Annual vaccination report of Bihar and Orissa - 1911-1928
Year: 1911
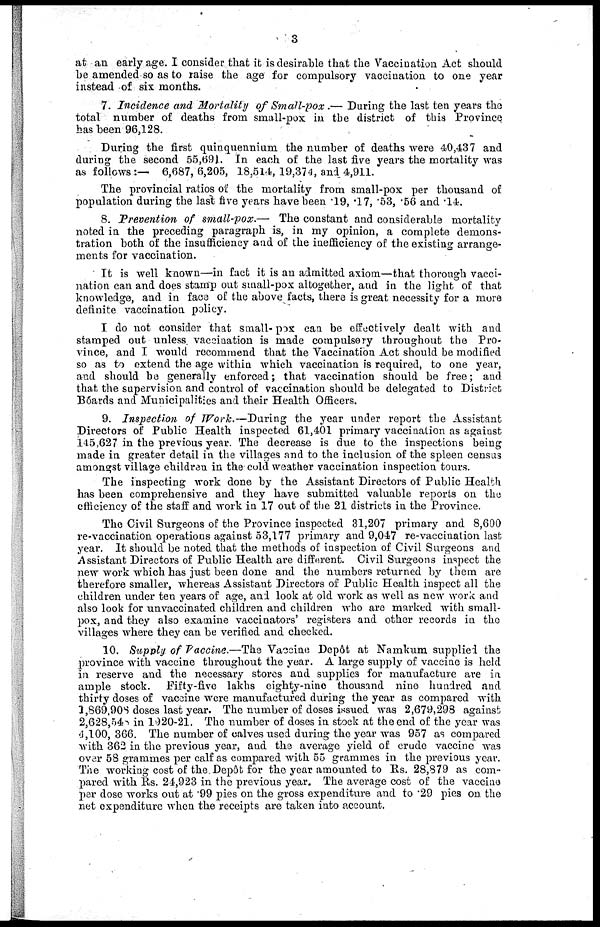
3
at an early age. I consider that it is desirable that the Vaccination Act should
be amended so as to raise the age for compulsory vaccination to one year
instead of six months.
7. Incidence and Mortality of Small-pox.— During the last ten years the
total number of deaths from small-pox in the district of this Province
has been 96,128.
During the first quinquennium the number of deaths were 40,437 and
during the second 55,691. In each of the last five years the mortality was
as follows:— 6,687, 6,205, 18,514, 19,374, and 4,911.
The provincial ratios of the mortality from small-pox per thousand of
population during the last five years have been .19, .17, .53, .56 and .14.
8. Prevention of small-pox.— The constant and considerable mortality
noted in the preceding paragraph is, in my opinion, a complete demons-
tration both of the insufficiency and of the inefficiency of the existing arrange-
ments for vaccination.
It is well known—in fact it is an admitted axiom—that thorough vacci-
nation can and does stamp out small-pox altogether, and in the light of that
knowledge, and in face of the above facts, there is great necessity for a more
definite vaccination policy.
I do not consider that small- pox can be effectively dealt with and
stamped out unless vaccination is made compulsory throughout the Pro-
vince, and I would recommend that the Vaccination Act should be modified
so as to extend the age within which vaccination is required, to one year,
and should be generally enforced; that vaccination should be free; and
that the supervision and control of vaccination should be delegated to District
Boards and Municipalities and their Health Officers.
9. Inspection of Work.—During the year under report the Assistant
Directors of Public Health inspected 61,401 primary vaccination as against
145,627 in the previous year. The decrease is due to the inspections being
made in greater detail in the villages and to the inclusion of the spleen census
amongst village children in the cold weather vaccination inspection tours.
The inspecting work done by the Assistant Directors of Public Health
has been comprehensive and they have submitted valuable reports on the
efficiency of the staff and work in 17 out of the 21 districts in the Province.
The Civil Surgeons of the Province inspected 31,207 primary and 8,600
re-vaccination operations against 53,177 primary and 9,047 re-vaccination last
year. It should be noted that the methods of inspection of Civil Surgeons and
Assistant Directors of Public Health are different. Civil Surgeons inspect the
new work which has just been done and the numbers returned by them are
therefore smaller, whereas Assistant Directors of Public Health inspect all the
children under ten years of age, and look at old work as well as new work and
also look for unvaccinated children and children who are marked with small-
pox, and they also examine vaccinators' registers and other records in the
villages where they can be verified and checked.
10. Supply of Vaccine.—The Vaccine Depôt at Namkum supplied the
province with vaccine throughout the year. A large supply of vaccine is held
in reserve and the necessary stores and supplies for manufacture are in
ample stock. Fifty-five lakhs eighty-nine thousand nine hundred and
thirty doses of vaccine were manufactured during the year as compared with
1 ,869,908 doses last year. The number of doses issued was 2,679,298 against
2,628,548 in 1920-21. The number of doses in stock at the end of the year was
4,100, 366. The number of calves used during the year was 957 as compared
with 362 in the previous year, and the average yield of crude vaccine was
over 58 grammes per calf as compared with 55 grammes in the previous year.
The working cost of the. Depôt for the year amounted to Rs. 28,879 as com-
pared with Rs. 24,923 in the previous year. The average cost of the vaccine
per dose works out at .99 pies on the gross expenditure and to .29 pies on the
net expenditure when the receipts are taken into account.